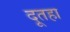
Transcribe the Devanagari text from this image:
दूतहा